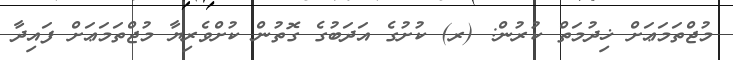
މުޖްތަމަޢަށް ޚިދުމަތް ކުރުން: (ރ) ކުށުގެ އަދަބުގެ ގޮތުން ކުށްވެރިޔާ މުޖްތަމަޢަށް ފައިދާ